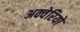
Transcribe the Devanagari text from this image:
अक्वेरियो